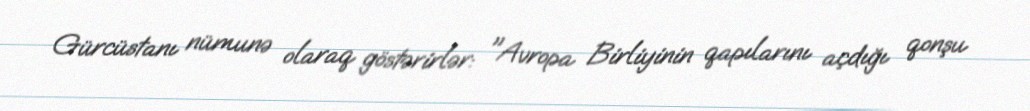
Gürcüstanı nümunə olaraq göstərirlər: "Avropa Birliyinin qapılarını açdığı qonşu